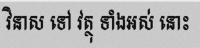
វិនាស ទៅ វត្ថុ ទាំងអស់ នោះ